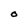
Character: O